Mental hospitals Bombay report 1921-28 - 1921-1928
Year: 1921
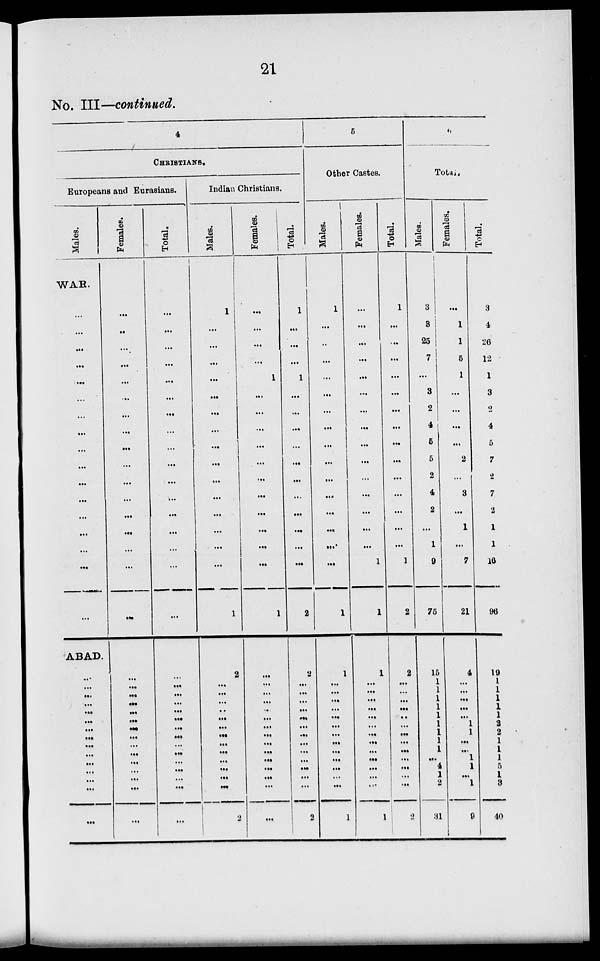
21
No. III—continued.
4
CHRISTIANS.
Europeans and Eurasians.
Males.
WAR.
...
...
...
...
...
...
...
...
...
...
...
...
...
...
...
...
...
ABAD.
...
...
...
...
...
...
...
...
...
...
...
...
...
...
...
Females.
...
...
...
...
...
...
...
...
...
...
...
...
...
...
...
...
...
...
...
...
...
...
...
...
...
...
...
...
...
...
...
...
Total.
...
...
...
...
...
...
...
...
...
...
...
...
...
...
...
...
...
...
...
...
...
...
...
...
...
...
...
...
...
...
...
...
Indian Christians.
Males.
1
...
...
...
...
...
...
...
...
...
...
...
...
...
...
...
1
2
...
...
...
...
...
...
...
...
...
...
...
...
...
2
Females.
...
...
...
...
1
...
...
...
...
...
...
...
...
...
...
...
1
...
...
...
...
...
...
...
...
...
...
...
...
...
...
...
Total.
1
...
...
...
1
...
...
...
...
...
...
...
...
...
...
...
2
2
...
...
...
...
...
...
...
...
...
...
...
...
...
2
5
Other Castes.
Males.
1
...
..
...
...
...
...
...
...
...
...
...
...
...
...
...
1
1
...
...
...
...
...
...
...
...
...
...
...
...
...
1
Females.
...
...
...
...
...
...
...
...
...
...
...
...
...
...
...
1
1
1
...
...
...
...
...
...
...
...
...
...
...
...
...
1
Total.
1
...
...
...
...
...
...
...
...
...
...
...
...
...
...
1
2
2
...
...
...
...
...
...
...
...
...
...
...
...
...
2
6
Total.
Males.
3
3
25
7
...
3
2
4
5
5
2
4
2
...
1
9
75
15
1
1
1
1
1
1
1
1
1
...
4
1
2
31
Females.
...
1
1
5
1
...
...
...
...
2
...
3
...
1
...
7
21
4
...
...
...
...
...
1
1
...
...
1
1
...
1
9
Total.
3
4
26
12
1
3
2
4
5
7
2
7
2
1
1
16
96
19
1
1
1
1
1
2
2
1
1
1
5
1
3
40